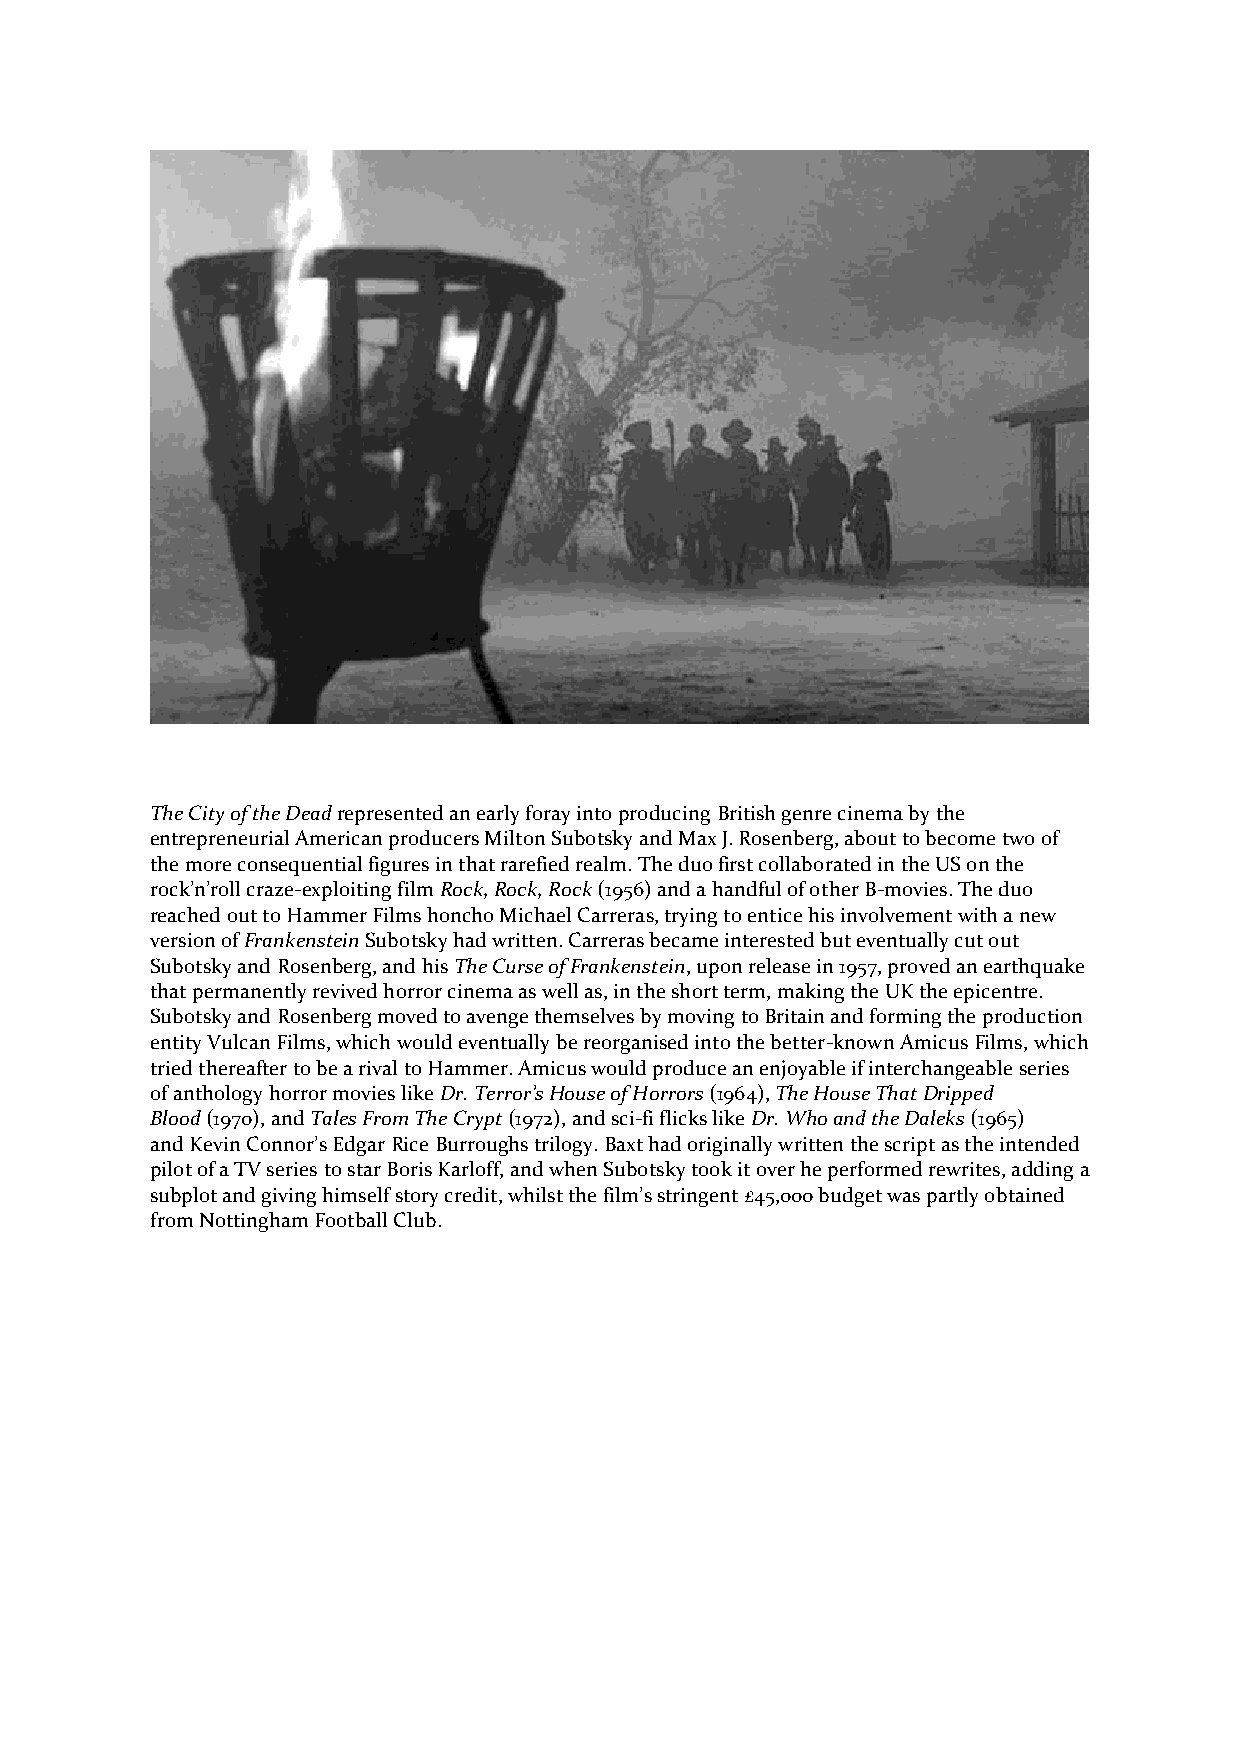
The City of the Dead represented an early foray into producing British genre cinema by the
 entrepreneurial American producers Milton Subotsky and Max J. Rosenberg, about to become two of
 the more consequential figures in that rarefied realm. The duo first collaborated in the US on the
 rock’n’roll craze-exploiting film Rock, Rock, Rock (1956) and a handful of other B-movies. The duo
 reached out to Hammer Films honcho Michael Carreras, trying to entice his involvement with a new
 version of Frankenstein Subotsky had written. Carreras became interested but eventually cut out
 Subotsky and Rosenberg, and his The Curse of Frankenstein, upon release in 1957, proved an earthquake
 that permanently revived horror cinema as well as, in the short term, making the UK the epicentre.
 Subotsky and Rosenberg moved to avenge themselves by moving to Britain and forming the production
 entity Vulcan Films, which would eventually be reorganised into the better-known Amicus Films, which
 tried thereafter to be a rival to Hammer. Amicus would produce an enjoyable if interchangeable series
 of anthology horror movies like Dr. Terror’s House of Horrors (1964), The House That Dripped
 Blood (1970), and Tales From The Crypt (1972), and sci-fi flicks like Dr. Who and the Daleks (1965)
 and Kevin Connor’s Edgar Rice Burroughs trilogy. Baxt had originally written the script as the intended
 pilot of a TV series to star Boris Karloff, and when Subotsky took it over he performed rewrites, adding a
 subplot and giving himself story credit, whilst the film’s stringent £45,000 budget was partly obtained
 from Nottingham Football Club.